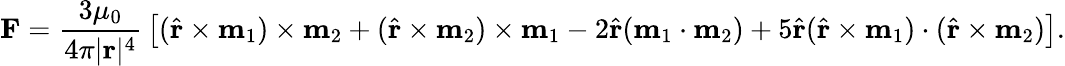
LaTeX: \mathbf{F}={\frac{3\mu_{0}}{4\pi|\mathbf{r}|^{4}}}\left[({\hat{\mathbf{r}}}\times\mathbf{m}_{1})\times\mathbf{m}_{2}+({\hat{\mathbf{r}}}\times\mathbf{m}_{2})\times\mathbf{m}_{1}-2{\hat{\mathbf{r}}}(\mathbf{m}_{1}\cdot\mathbf{m}_{2})+5{\hat{\mathbf{r}}}({\hat{\mathbf{r}}}\times\mathbf{m}_{1})\cdot({\hat{\mathbf{r}}}\times\mathbf{m}_{2})\right].